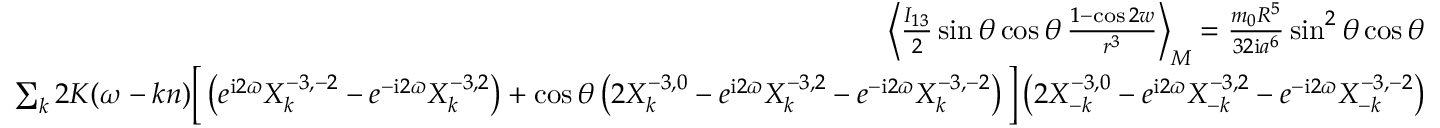
\begin{array} { r l r } { \left\langle \frac { I _ { 1 3 } } { 2 } \sin \theta \cos \theta \, \frac { 1 - \cos 2 w } { r ^ { 3 } } \right\rangle _ { M } = \frac { m _ { 0 } R ^ { 5 } } { 3 2 \mathrm { i } a ^ { 6 } } \sin ^ { 2 } \theta \cos \theta } & { } & \\ { \sum _ { k } 2 K ( \omega - k n ) \Big [ \left( e ^ { \mathrm { i } 2 \varpi } X _ { k } ^ { - 3 , - 2 } - e ^ { - \mathrm { i } 2 \varpi } X _ { k } ^ { - 3 , 2 } \right) + \cos \theta \left( 2 X _ { k } ^ { - 3 , 0 } - e ^ { \mathrm { i } 2 \varpi } X _ { k } ^ { - 3 , 2 } - e ^ { - \mathrm { i } 2 \varpi } X _ { k } ^ { - 3 , - 2 } \right) \Big ] \left( 2 X _ { - k } ^ { - 3 , 0 } - e ^ { \mathrm { i } 2 \varpi } X _ { - k } ^ { - 3 , 2 } - e ^ { - \mathrm { i } 2 \varpi } X _ { - k } ^ { - 3 , - 2 } \right) } \end{array}